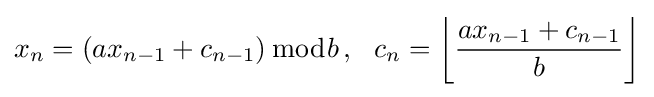
x_{n}=(ax_{n-1}+c_{n-1})\,{\bmod {b}}\,,\ \ c_{n}=\left\lfloor {\frac {ax_{n-1}+c_{n-1}}{b}}\right\rfloor